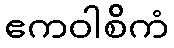
ဧကဝါစိကံ